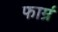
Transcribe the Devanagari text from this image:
फार्म्र